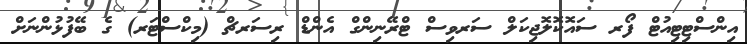
އިންސްޓިޓިއުޓް ފޯރ ސައޮކޮލޮޖިކަލް ސަރވިސް ޓްރޭނިންގް އެންޑް ރިސަރޗް (މިކްސްޓަރ) ގެ ބޭފުޅުންނަށް